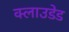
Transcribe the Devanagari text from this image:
क्लाउडेड